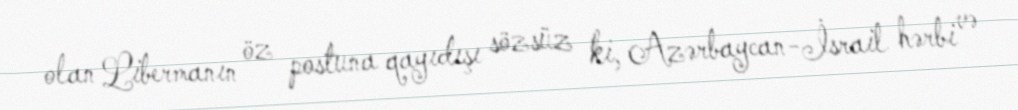
olan Libermanın öz postuna qayıdışı sözsüz ki, Azərbaycan-İsrail hərbi və